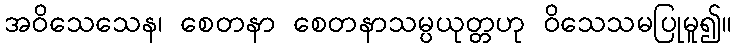
အဝိသေသေန၊ စေတနာ စေတနာသမ္ပယုတ္တဟု ဝိသေသမပြုမူ၍။